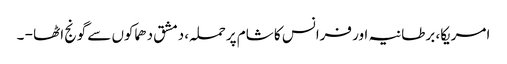
امریکا، برطانیہ اور فرانس کا شام پرحملہ، دمشق دھماکوں سے گونج اٹھا - ۔